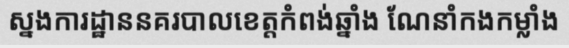
ស្នងការដ្ឋាននគរបាលខេត្តកំពង់ឆ្នាំង ណែនាំកងកម្លាំង